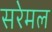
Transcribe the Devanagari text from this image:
सरेमल